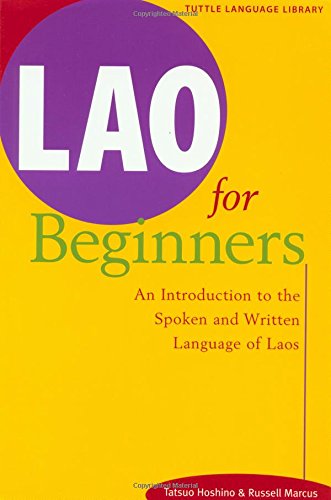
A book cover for Lao for Beginners: An Introduction to the Written and Spoken Language of Laos; Tatsuo Hoshino; Travel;